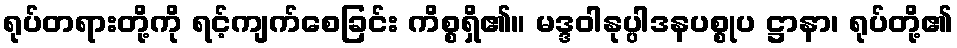
ရုပ်တရားတို့ကို ရင့်ကျက်စေခြင်း ကိစ္စရှိ၏။ မဒ္ဒဝါနုပ္ပါဒနပစ္စုပ ဋ္ဌာနာ၊ ရုပ်တို့၏